Leaving Certificate Examination (including Day School Certificate (Higher) General paper), 1933
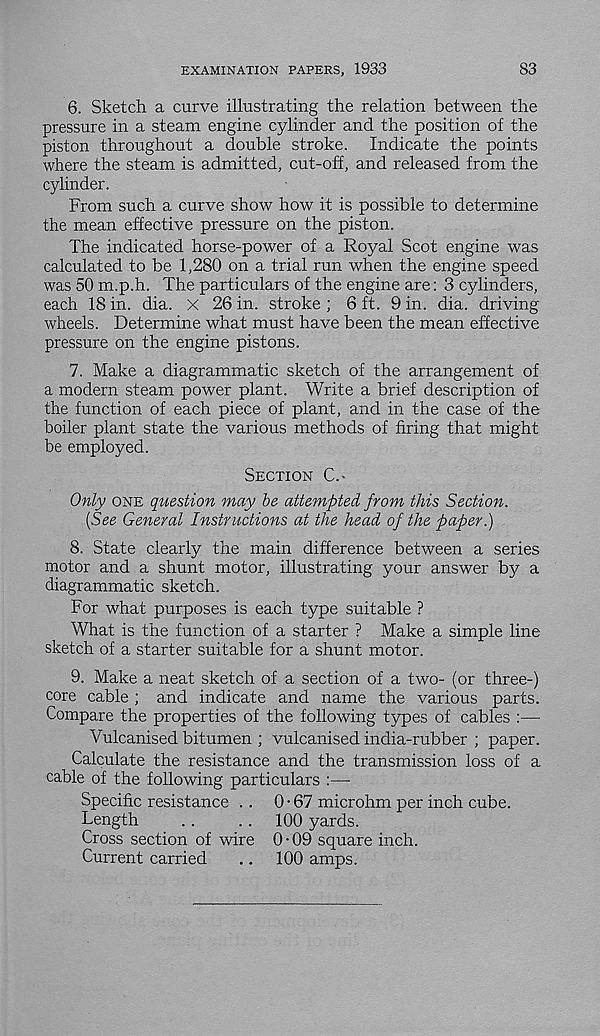
EXAMINATION PAPERS, 1933
83
6. Sketch a curve illustrating the relation between the
pressure in a steam engine cylinder and the position of the
piston throughout a double stroke. Indicate the points
where the steam is admitted, cut-off, and released from the
cylinder.
From such a curve show how it is possible to determine
the mean effective pressure on the piston.
The indicated horse-power of a Royal Scot engine was
calculated to be 1,280 on a trial run when the engine speed
was 50 m.p.h. The particulars of the engine are: 3 cylinders,
each 18 in. dia. X 26 in. stroke ; 6 ft. 9 in. dia. driving
wheels. Determine what must have been the mean effective
pressure on the engine pistons.
7. Make a diagrammatic sketch of the arrangement of
a modern steam power plant. Write a brief description of
the function of each piece of plant, and in the case of the
boiler plant state the various methods of firing that might
be employed.
Section C.-
Only one question may be attempted from this Section.
[See General Instructions at the head of the paper.)
8. State clearly the main difference between a series
motor and a shunt motor, illustrating your answer by a
diagrammatic sketch.
For what purposes is each type suitable ?
What is the function of a starter ? Make a simple line
sketch of a starter suitable for a shunt motor.
9. Make a neat sketch of a section of a two- (or three-)
core cable ; and indicate and name the various parts.
Compare the properties of the following types of cables :—
Vulcanised bitumen ; vulcanised india-rubber ; paper.
Calculate the resistance and the transmission loss of a
cable of the following particulars :—
Specific resistance ..
Length
Cross section of wire
Current carried
0 • 67 microhm per inch cube.
100 yards.
0 • 09 square inch.
100 amps.